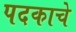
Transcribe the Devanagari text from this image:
पदकाचे